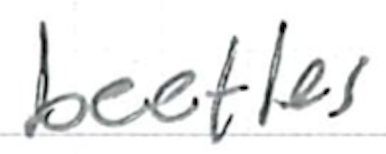
Text: beetles
Cross-out: clean
Writing tool: ballpoint